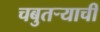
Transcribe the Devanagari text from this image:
चबुतऱ्याची